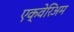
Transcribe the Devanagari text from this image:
एक्वेरिअम